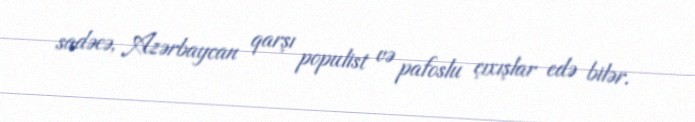
sadəcə, Azərbaycan qarşı populist və pafoslu çıxışlar edə bilər.